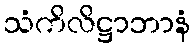
သံကိလိဋ္ဌာဘာနံ